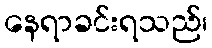
နေရာခင်းရသည်၊